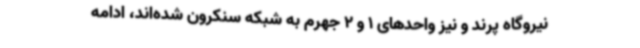
نیروگاه پرند و نیز واحدهای 1 و 2 جهرم به شبکه سنکرون شده‌اند، ادامه